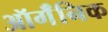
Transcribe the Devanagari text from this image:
ऑर्गॅनिक